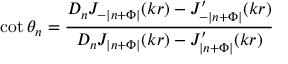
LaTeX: \cot \theta _ { n } = \frac { D _ { n } J _ { - | n + \Phi | } ( k r ) - J _ { - | n + \Phi | } ^ { \prime } ( k r ) } { D _ { n } J _ { | n + \Phi | } ( k r ) - J _ { | n + \Phi | } ^ { \prime } ( k r ) }